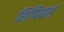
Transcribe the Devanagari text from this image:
शिपियार्ड